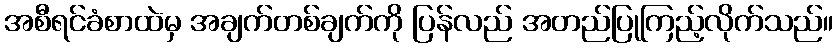
အစီရင်ခံစာထဲမှ အချက်တစ်ချက်ကို ပြန်လည် အတည်ပြုကြည့်လိုက်သည်။